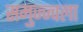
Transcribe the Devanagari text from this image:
समुज्ज्वला